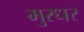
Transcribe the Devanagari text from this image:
मुरधर